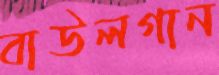
বাউলগান